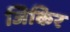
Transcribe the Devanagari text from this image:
जिकिर